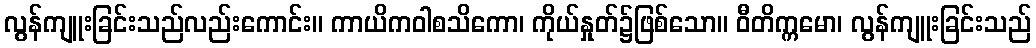
လွန်ကျူးခြင်းသည်လည်းကောင်း။ ကာယိကဝါစသိကော၊ ကိုယ်နှုတ်၌ဖြစ်သော။ ဝီတိက္ကမော၊ လွန်ကျူးခြင်းသည်